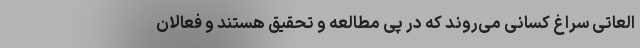
العاتی سراغ کسانی می‌روند که در پی مطالعه و تحقیق هستند و فعالان